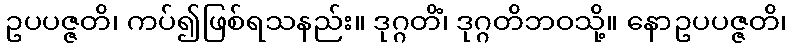
ဥပပဇ္ဇတိ၊ ကပ်၍ဖြစ်ရသနည်း။ ဒုဂ္ဂတိံ၊ ဒုဂ္ဂတိဘဝသို့။ နောဥပပဇ္ဇတိ၊